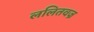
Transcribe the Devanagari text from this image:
ललितवज्र